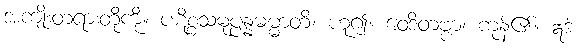
အကျိုးတရားတို့ကို။ ပဋိစ္စသမုပ္ပန္နဓမ္မာတိ၊ ဟူ၍။ ဝေဒိတဗ္ဗာ၊ ကုန်၏။ ဣဒံ